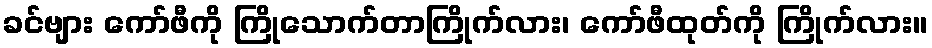
ခင်ဗျား ကော်ဖီကို ကြိုသောက်တာကြိုက်လား၊ ကော်ဖီထုတ်ကို ကြိုက်လား။